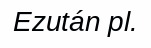
Ezután pl.